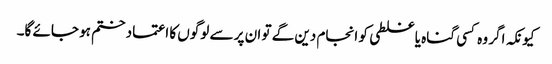
کیونکہ اگر وہ کسی گناہ یا غلطی کو انجام دین گے تو ان پر سے لوگوں کا اعتماد ختم ہو جائے گا۔